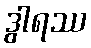
ဒွါရဿ